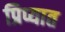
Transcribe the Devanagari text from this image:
प्रिप्यात